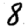
Digit: 8